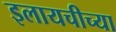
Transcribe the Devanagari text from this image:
इलायचीच्या